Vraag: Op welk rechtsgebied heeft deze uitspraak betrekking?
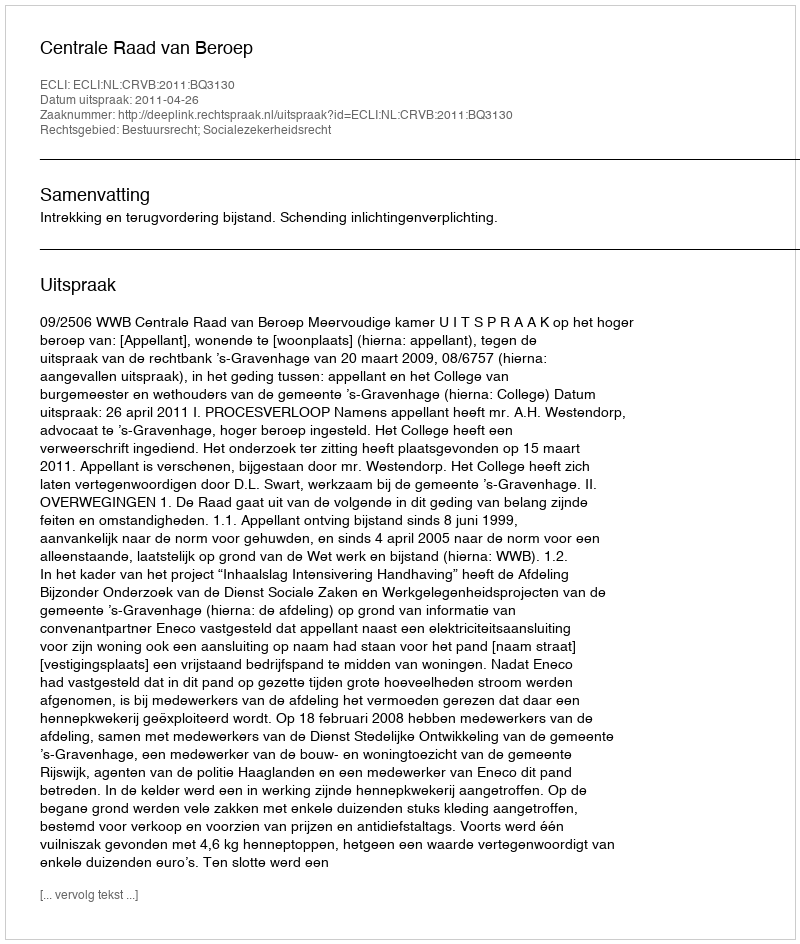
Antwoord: Bestuursrecht; Socialezekerheidsrecht